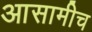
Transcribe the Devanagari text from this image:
आसामीच